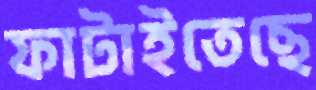
ফাটাইতেছে